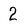
Character: 2